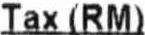
TAX(RM)